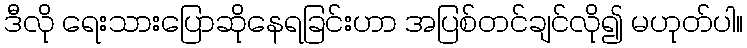
ဒီလို ရေးသားပြောဆိုနေရခြင်းဟာ အပြစ်တင်ချင်လို၍ မဟုတ်ပါ။